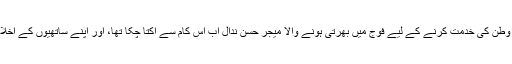
اپنی خواہش اور ولولہِ سے اپنے پیدائشی وطن کی خدمت کرنے کے لیے فوج میں بھرتی ہونے والا میجر حسن ندال اب اس کام سے اکتا چکا تھا، اور اپنے ساتھیوں کے اخلاق سے گرے ہوئے روّیوں پر شاکی تھا۔